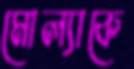
মোল্যাকে